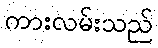
ကားလမ်းသည်